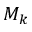
M _ { k }